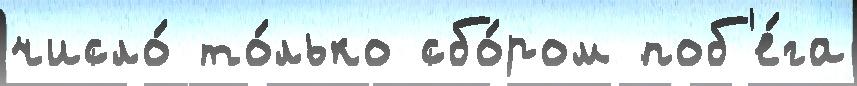
число́ то́лько сбо́ром поб'е́га